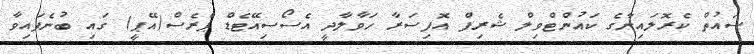
ސައުތް ކެރޮލައިނާގެ ކައުންޓްވިލް ޝެރިފް އޮފިސަރާ ހަވާލާދީ އެސޯސިއޭޓެޑް ޕްރެސް(އޭޕީ) ގައި ބުނެފައިވާ